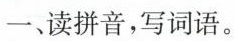
一、读拼音，写词语。